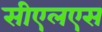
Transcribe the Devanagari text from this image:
सीएलएस